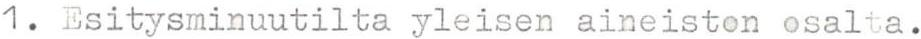
1. Esitysminuutilta yleisen aineiston osalta.